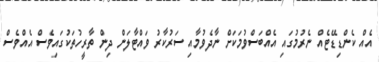
އެއް ކެންޑިޑޭޓެއް ނެރުމުގައި އެއްބަސްވުމަކަށް ނާދެވުމާއި ސަރުކާރު ވައްޓާލަން ދިން ތާރީހުތަކުގައިވެސް އެއްވެސް